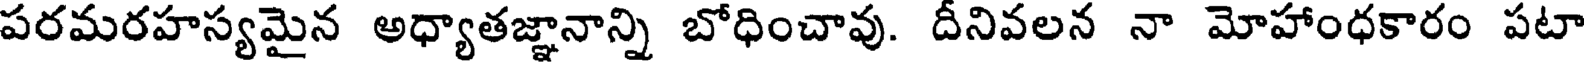
పరమరహస్యమైన అధ్యాతజ్ఞానాన్ని బోధించావు. దీనివలన నా మోహాంధకారం పటా